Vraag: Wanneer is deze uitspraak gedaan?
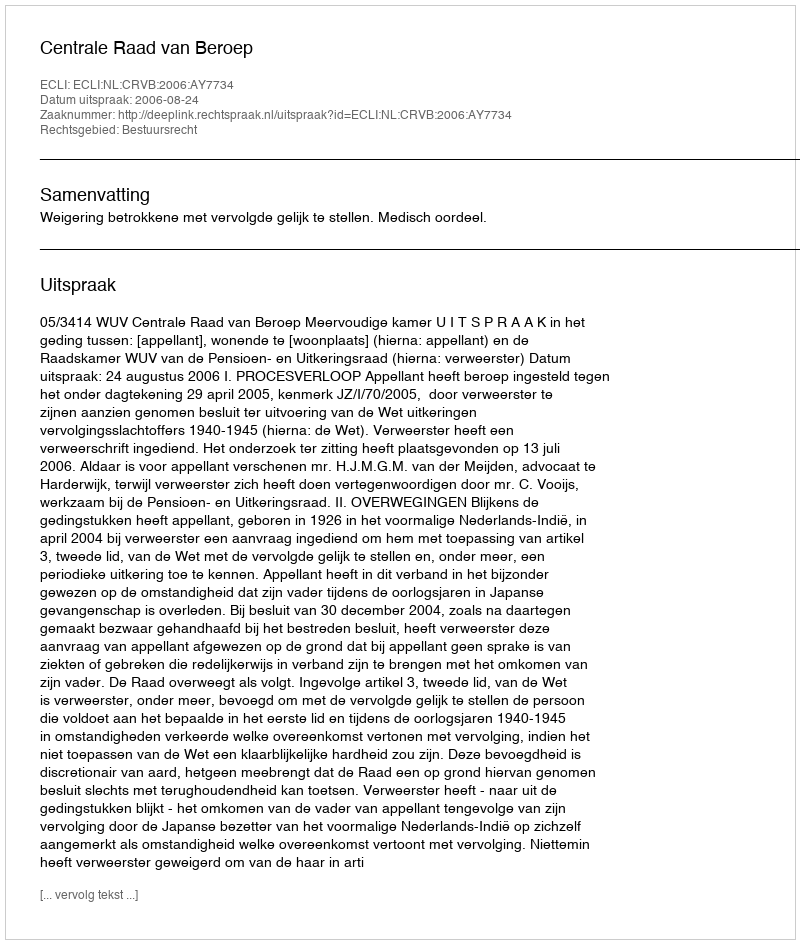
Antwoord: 2006-08-24